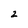
Character: z